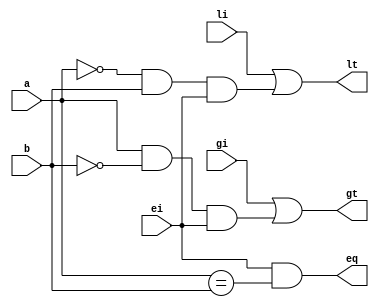
module one_bit_comparator (
    gt, eq, lt,
    a, b, gi, ei, li
);
    
    output gt, eq, lt; // * Output: Greater Than (a>b), EQuality (a=b), Lesser Than (a<b)
    input a, b; // * Input to be compared
    input gi, ei, li; // * Additional Input to be used for consideration of more significant bits/ bits on the left of current bit


    // * Either a>b from more significant bits, or a=b from more significant bits and for the current bit, a=1 and b=0
    assign gt = (gi | ((a & ~b) & ei)); 
    
    // * a=b in more significant bits and for the current bit, a=b
    assign eq = (ei & (a == b));
    
    // * Either a<b from more significant bits, or a=b from more significant bits and for the current bit, a=0 and b=1
    assign lt = (li | ((~a & b) & ei));

endmodule